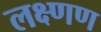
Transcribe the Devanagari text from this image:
लक्ष्णण